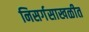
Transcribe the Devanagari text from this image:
निसर्गसाखळीत